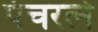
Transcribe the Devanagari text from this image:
पंचरत्‍ने